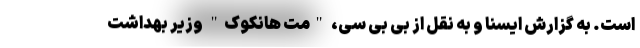
است. به گزارش ایسنا و به نقل از بی بی سی، "مت هانکوک" وزیر بهداشت